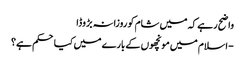
واضح رہے کہ میں شام کو روزانہ بڑوڈا
- اسلام میں مونچھوں کے بارے میں کیا حکم ہے؟